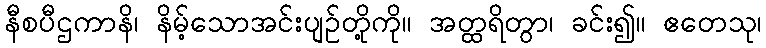
နီစပီဌကာနိ၊ နိမ့်သောအင်းပျဉ်တို့ကို။ အတ္ထရိတွာ၊ ခင်း၍။ ဧတေသု၊